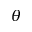
\theta